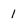
Character: 1